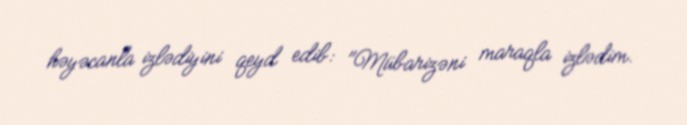
həyəcanla izlədiyini qeyd edib: "Mübarizəni maraqla izlədim.